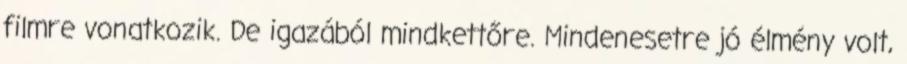
filmre vonatkozik. De igazából mindkettőre. Mindenesetre jó élmény volt,